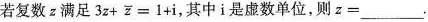
若复数z满足$$3z+\overline { z }=1+i$$，其中i是虚数单位，则$$z=___$$.